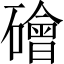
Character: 𥖩